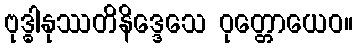
ဗုဒ္ဓါနုဿတိနိဒ္ဒေသေ ဝုတ္တောယေဝ။